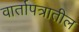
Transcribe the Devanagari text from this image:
वार्तापत्रातील